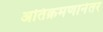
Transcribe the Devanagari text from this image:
अतिक्रमणानंतर